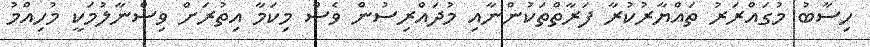
ހިސާބު މުގައްރަރު ތައްޔާރުކުރާ ފަރާތްތަކުންނާއި މުދައްރިސުން ވެސް މިކަމާ އިތުރަށް ވިސްނާލުމަކީ މުހިއްމު